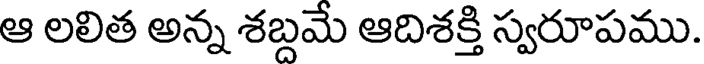
ఆ లలిత అన్న శబ్దమే ఆదిశక్తి స్వరూపము.